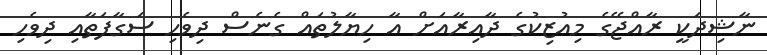
ނާޝިދަކީ ރާއްޖޭގެ މިއުޒިކުގެ ދާއިރާއަށް އާ ހިޔާލުތައް ގެނެސް ދިވެހި ސަގާފަތާއި ދިވެހި